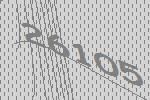
26105